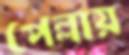
পেল্লায়